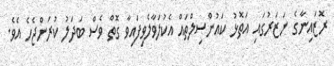
ރޮޒައިނާގެ ނަޒަރުގައި އަތޮޅު ކައުންސިލްތައް އެކުލަވާލެވިފައިވާ ގޮތް ވެސް ބަދަލު ކުރަންޖެހެ އެވެ.